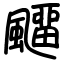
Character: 飅